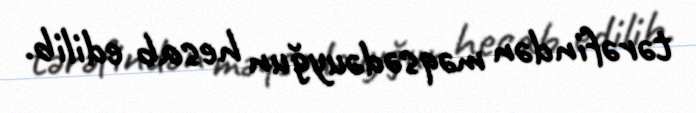
tərəfindən məqsədəuyğun hesab edilib.